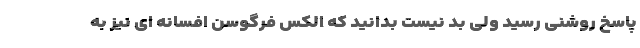
پاسخ روشنی رسید ولی بد نیست بدانید که الکس فرگوسن افسانه ای نیز به